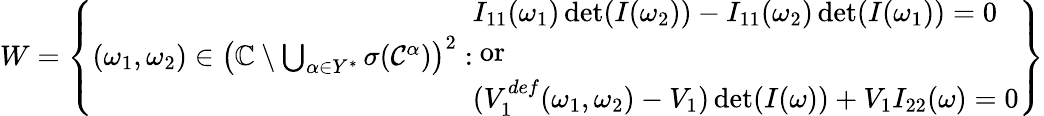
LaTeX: \begin{array}{r}{W=\left\{ (\omega_{1},\omega_{2})\in\left(\mathbb{C}\setminus\bigcup_{\alpha\in Y^{*}}\sigma(\mathcal{C}^{\alpha})\right)^{2}:\begin{array}{l}{I_{11}(\omega_{1})\operatorname*{det}(I(\omega_{2}))-I_{11}(\omega_{2})\operatorname*{det}(I(\omega_{1}))=0}\\ {\mathrm{~or~}}\\ {(V_{1}^{def}(\omega_{1},\omega_{2})-V_{1})\operatorname*{det}(I(\omega))+V_{1}I_{22}(\omega)=0}\end{array}\right\} }\end{array}